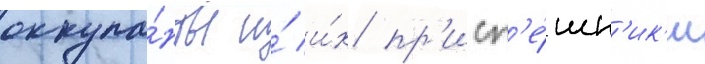
оккупа́нты и́ и́х пр'исп'е́шн'ик'и